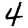
Digit: 4